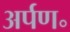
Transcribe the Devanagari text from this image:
अर्पण॰